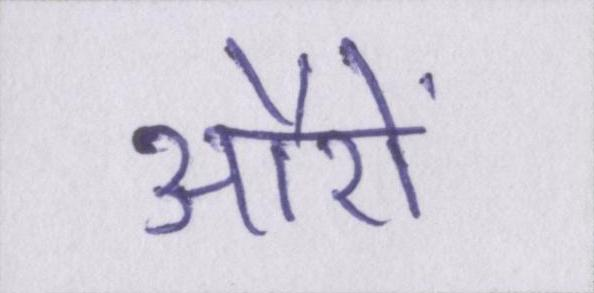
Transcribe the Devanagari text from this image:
औरों